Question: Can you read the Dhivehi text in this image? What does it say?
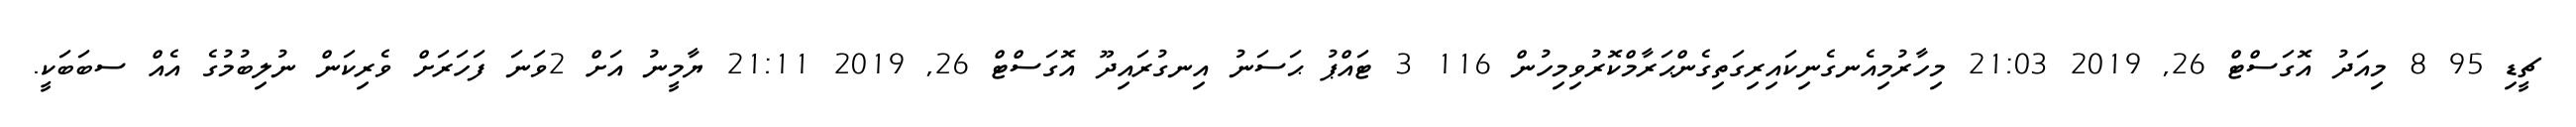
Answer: ޗީޑި 95 8 މިއަދު އޮގަސްޓް 26, 2019 21:03 މިހާރުމިއެނގެނިކައިރިގަތިގެންޙަރާމްކޮރުވިމިހުން 116 3 ޓައްޕު ޙަސަނު އިނގުރައިދޫ އޮގަސްޓް 26, 2019 21:11 ޔާމީނު އަށް 2ވަނަ ފަހަރަށް ވެރިކަން ނުލިބުމުގެ އެއް ސބަބަކީ.